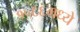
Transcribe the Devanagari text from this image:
१५६६मध्ये